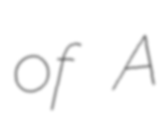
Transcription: of A